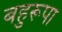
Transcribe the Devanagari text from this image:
बहुरूपा